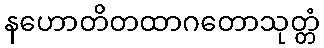
နဟောတိတထာဂတောသုတ္တံ